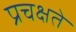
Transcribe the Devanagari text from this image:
प्रचक्षते